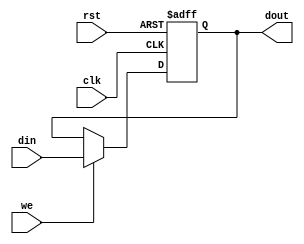
//------------------------------------------------------------------------//
//                                                                        //
//  Class           : Comp. Organ. and Design class                       //
//  Project         : PICO_basic_system                                   //
//                                                                        //
//------------------------------------------------------------------------//
//  HISTORY         :                                                     //
//  REV   DATE        AUTHOR        NOTE                                  //
//  0.01  2006        N.Hamada      Initial Version                       //
//  0.02  2007/08/06  Y.Sato        Using Megafunction Memory Version     //
//  0.03  2009/08/20  Y.Ikegaki     Revise descriptions                   //
//                                                                        //
//------------------------------------------------------------------------//


module register_1bit
  (
   //-- input --//
   din, 
   we, 
   clk, 
   rst,
   //-- output --//
   dout
   );
   //-- input 
   input  clk;
   input  rst;
   input  din;
   input  we;
   
   //-- output
   output dout;
   //-- reg     
   reg    dout;


   always @(posedge clk or negedge rst) begin
      if(!rst) dout <= 1'b0;
      else     dout <= (we) ? din : dout;
   end

endmodule // register_1bit